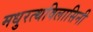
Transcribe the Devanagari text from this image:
मधुरत्थविलासिनी